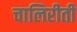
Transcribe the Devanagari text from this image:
चालिरीती